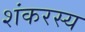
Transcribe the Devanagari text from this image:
शंकरस्य